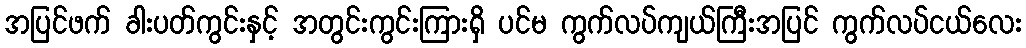
အပြင်ဖက် ခါးပတ်ကွင်းနှင့် အတွင်းကွင်းကြားရှိ ပင်မ ကွက်လပ်ကျယ်ကြီးအပြင် ကွက်လပ်ငယ်လေး